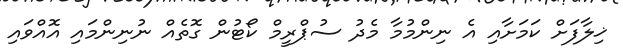
ޚިލާފަށް ކަމަށާއި އެ ނިންމުމާ މެދު ސުޕްރީމް ކޯޓުން ގޮތެއް ނުނިންމައި އޮއްވައި